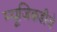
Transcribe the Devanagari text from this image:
म्यूजिकडीजे